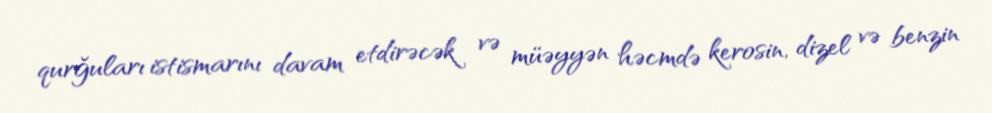
qurğuları istismarını davam etdirəcək və müəyyən həcmdə kerosin, dizel və benzin